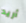
أريد